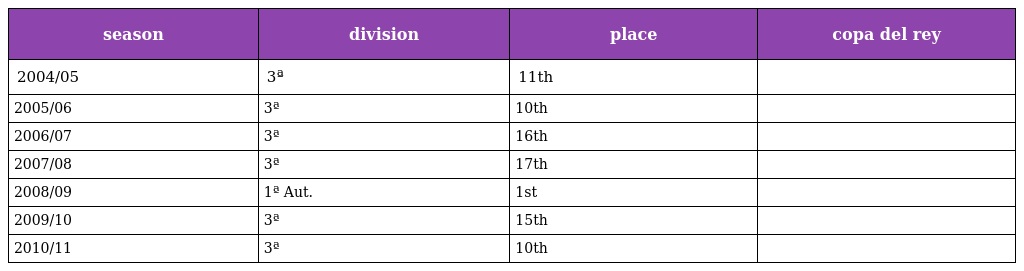
| season | division | place | copa del rey |
 | --- | --- | --- | --- |
 | 2004/05 | 3ª | 11th |  |
 | 2005/06 | 3ª | 10th |  |
 | 2006/07 | 3ª | 16th |  |
 | 2007/08 | 3ª | 17th |  |
 | 2008/09 | 1ª Aut. | 1st |  |
 | 2009/10 | 3ª | 15th |  |
 | 2010/11 | 3ª | 10th |  |